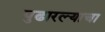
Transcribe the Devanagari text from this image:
पुढारल्याचा